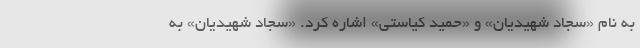
به نام «سجاد شهیدیان» و «حمید کیاستی» اشاره کرد. «سجاد شهیدیان» به